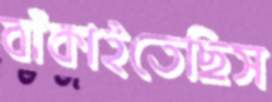
বাঁকাইতেছিস